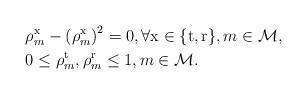
LaTeX: \begin{align*}&\rho_{m}^{\mathrm{x}}-\left(\rho_{m}^{\mathrm{x}}\right)^{2}=0, \forall \mathrm{x} \in\{\mathrm{t}, \mathrm{r}\}, m \in \mathcal{M},\\&0 \leq \rho_{m}^{\mathrm{t}}, \rho_{m}^{\mathrm{r}} \leq 1, m \in \mathcal{M}.\end{align*}